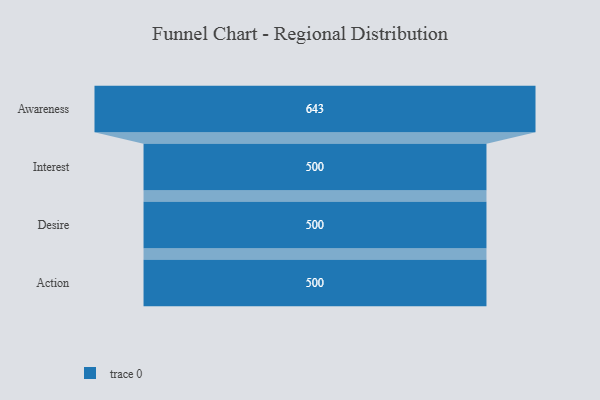
{"axis": {"x": "Stage", "y": "Value"}, "legend": [""], "data": [{"x": "Awareness", "y": 643.0, "type": ""}, {"x": "Interest", "y": 500, "type": ""}, {"x": "Desire", "y": 500, "type": ""}, {"x": "Action", "y": 500, "type": ""}]}